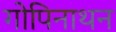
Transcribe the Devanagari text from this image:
गोपिनाथन